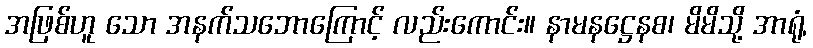
အဖြစ်ဟူ သော အနက်သဘောကြောင့် လည်းကောင်း။ နာမနဋ္ဌေနစ၊ မိမိသို့ အာရုံ,